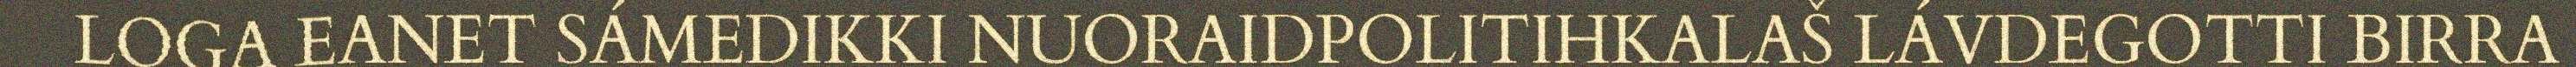
LOGA EANET SÁMEDIKKI NUORAIDPOLITIHKALAŠ LÁVDEGOTTI BIRRA